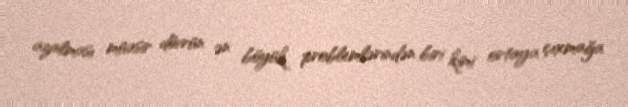
azalması müasir dövrün ən böyük problemlərindən biri kimi ortaya çıxmağa